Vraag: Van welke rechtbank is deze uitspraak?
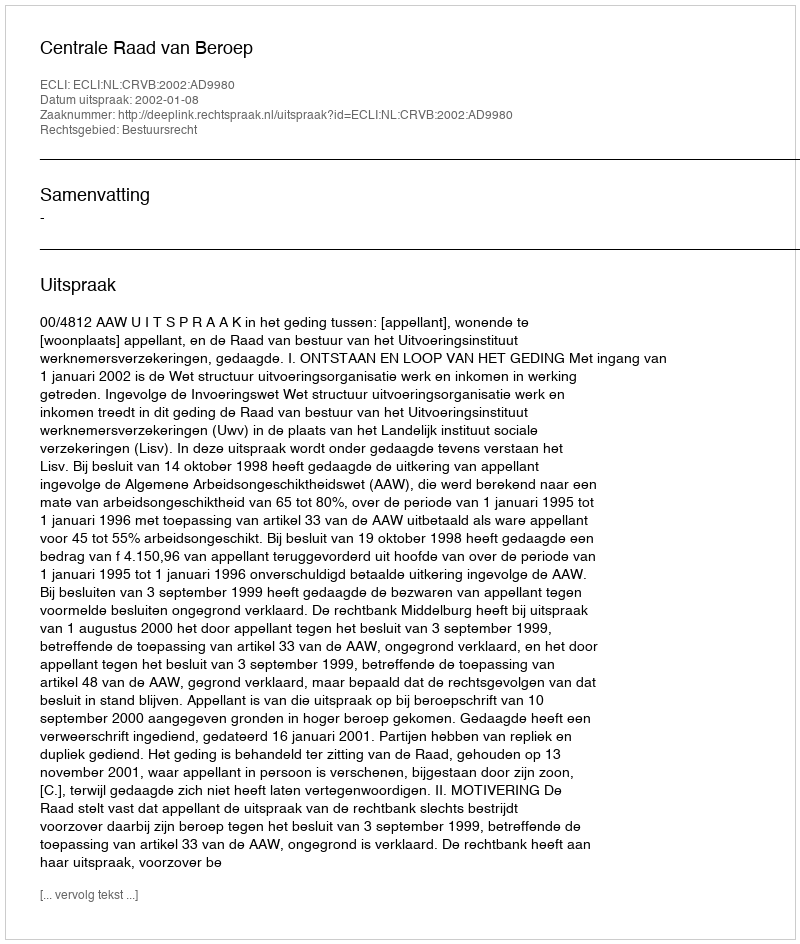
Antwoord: Centrale Raad van Beroep